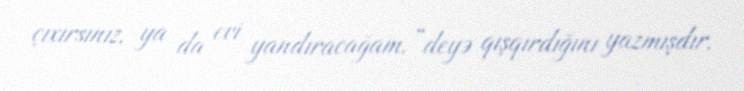
çıxırsınız, ya da evi yandıracağam.”deyə qışqırdığını yazmışdır.